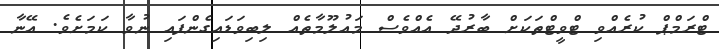
ޓްރަމްޕް ކުރެއްވި ޓްވީޓްތަކަށް ބާރުދޭ އެއްވެސް މައުލޫމާތެއް ލިބިވަޑައިގެންފައި ނުވާ ކަަމަށެވެ. އޭނާ